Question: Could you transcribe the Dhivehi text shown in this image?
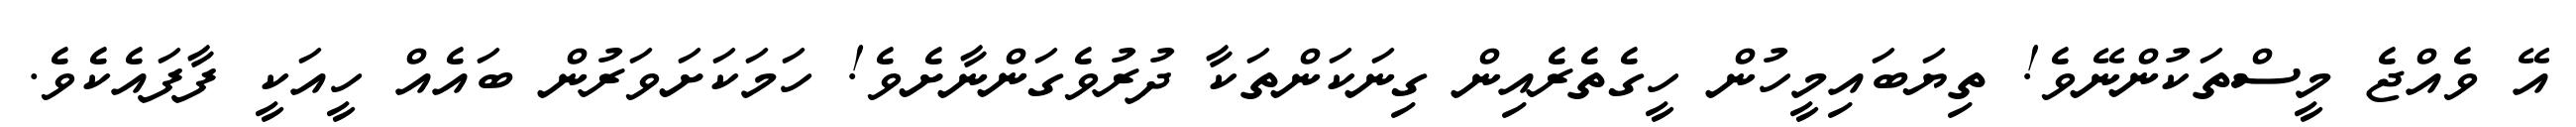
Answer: އޭ ވެއްޖެ މީސްތަކުންނޭވެ! ތިޔަބައިމީހުން ހީގެތެރެއިން ގިނަކަންތަކާ ދުރުވެގަންނާށެވެ! ހަމަކަށަވަރުން ބައެއް ހީއަކީ ފާފައެކެވެ.